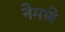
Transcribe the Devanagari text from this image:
नेमणे